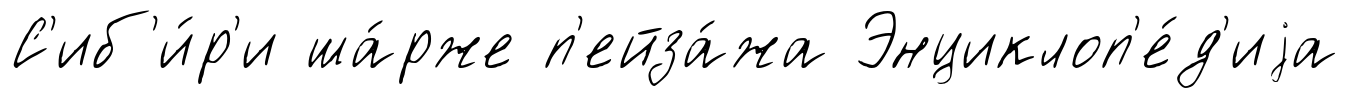
С'иб'и́р'и ша́рже п'ейза́жа Энциклоп'е́д'иjа